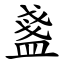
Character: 盞